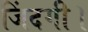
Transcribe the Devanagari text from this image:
जिंदगी।